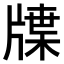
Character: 𤗣